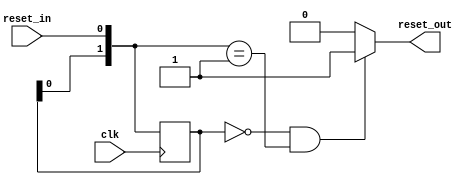
module sync_reset_synchronizer (
    input wire clk,          // System clock
    input wire reset_in,     // Reset signal to synchronize
    output reg reset_out     // Synchronized reset signal
);

reg [1:0] sync_reg;
reg [1:0] sync_reg_next;

always @(posedge clk) begin
    sync_reg <= sync_reg_next;
end

always @* begin
    if (sync_reg == 2'b00 && sync_reg_next == 2'b01) begin
        reset_out <= 1'b1;
    end else begin
        reset_out <= 1'b0;
    end

    sync_reg_next[0] <= reset_in;
    sync_reg_next[1] <= sync_reg[0];
end

endmodule